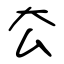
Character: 厺